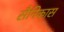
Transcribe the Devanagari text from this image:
सैनिकास